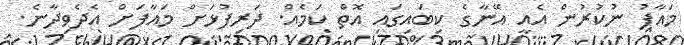
މައާފު ނުކުރުން އެއީ އޭނާގެ ކިބައިގައި އޮތް ކަމެއް. ދަރިފުޅަށް މައާފަށް އެދެވިދާނެ.